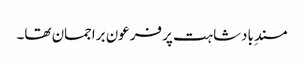
مسندِ بادشاہت پر فرعون براجمان تھا۔